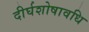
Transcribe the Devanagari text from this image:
दीर्घशोषावधि